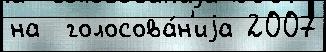
на  голосова́н'иjа 2007